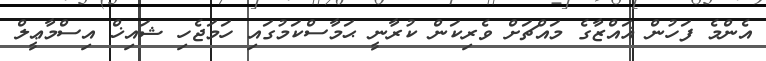
އެންމެ ފަހުން ޣައްޒާގެ މައްޗަށް ވެރިކަން ކުރާނީ ޙަމާސްކަމުގައި ހަމަޖެހި ޝައިޚް އިސްމާޢީލް